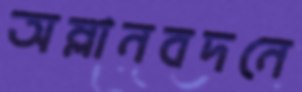
অম্লানবদনে